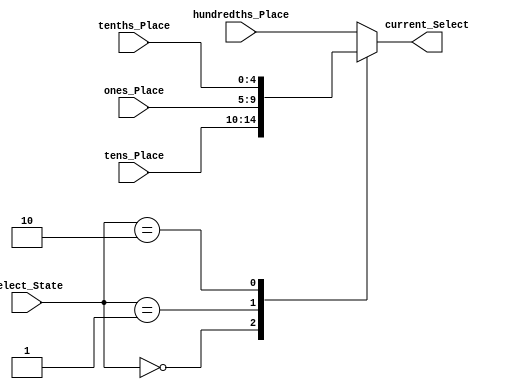
module Mux4to1x5(
  // Setup the inputs & outputs for the module
  input [1:0] select_State,
  input [4:0] tens_Place,
  input [4:0] ones_Place,
  input [4:0] tenths_Place,
  input [4:0] hundredths_Place,
  output reg [4:0] current_Select
);

always @ (*) begin
  case(select_State)
    2'b00:    current_Select = tens_Place [4:0];
    2'b01:    current_Select = ones_Place [4:0];
    2'b10:    current_Select = tenths_Place [4:0];
    default:  current_Select = hundredths_Place [4:0];
  endcase
end
endmodule